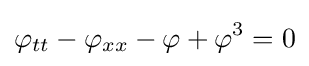
\displaystyle \varphi _{tt}-\varphi _{xx}-\varphi +\varphi ^{3}=0